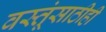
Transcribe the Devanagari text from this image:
वस्तूंसाठीही